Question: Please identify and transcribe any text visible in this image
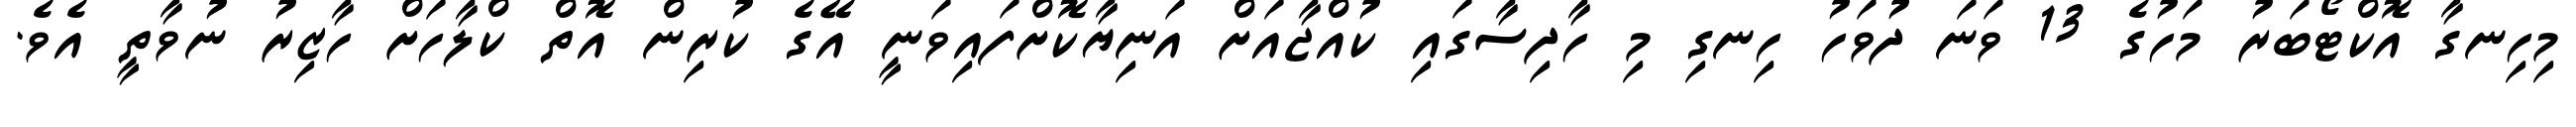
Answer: މިހިނގާ އޮކްޓޯބަރު މަހުގެ 13 ވަނަ ދުވަހު ހިނގި މި ހާދިސާގައި ކުއްޖާއަށް އަނިޔާކޮށްފައިވަނީ އޭގެ ކުރިން އޮތް ކްލާހަށް ހާޒިރު ނުވާތީ އެވެ.